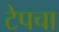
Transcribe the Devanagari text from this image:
टेपचा